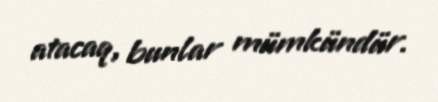
atacaq, bunlar mümkündür.